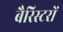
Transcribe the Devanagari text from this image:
बैरिस्टरों